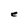
Character: e